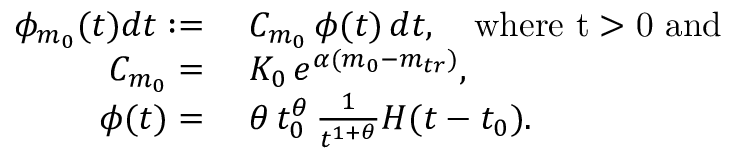
\begin{array} { r l } { \phi _ { m _ { 0 } } ( t ) d t : = } & { \; C _ { m _ { 0 } } \, \phi ( t ) \, d t , \quad \mathrm { w h e r e ~ t > 0 ~ a n d } } \\ { C _ { m _ { 0 } } = } & { \; K _ { 0 } \, e ^ { \alpha ( m _ { 0 } - m _ { t r } ) } , } \\ { \phi ( t ) = } & { \; \theta \, t _ { 0 } ^ { \theta } \, \frac { 1 } { t ^ { 1 + \theta } } H ( t - t _ { 0 } ) . } \end{array}